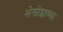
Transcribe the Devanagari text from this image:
भेगोष्ठाच्या